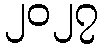
၂၀၂၇